Annual report on the lock hospitals of the Madras Presidency
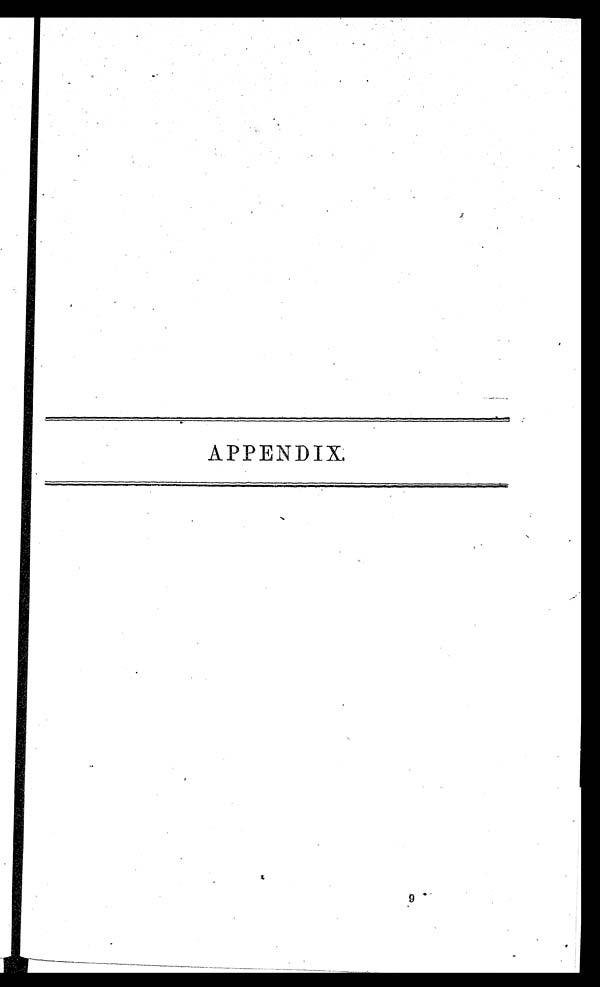
APPENDIX.